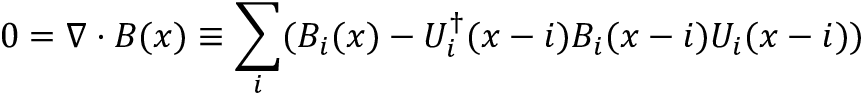
0 = \nabla \cdot B ( x ) \equiv \sum _ { i } ( B _ { i } ( x ) - U _ { i } ^ { \dagger } ( x - i ) B _ { i } ( x - i ) U _ { i } ( x - i ) )